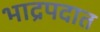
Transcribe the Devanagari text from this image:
भाद्रपदात